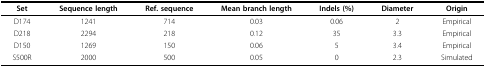
<table><thead><tr><td><b>Set</b></td><td><b>Sequence length</b></td><td><b>Ref. sequence</b></td><td><b>Mean branch length</b></td><td><b>Indels (%)</b></td><td><b>Diameter</b></td><td><b>Origin</b></td></tr></thead><tbody><tr><td>D174</td><td>1241</td><td>714</td><td>0.03</td><td>0.06</td><td>2</td><td>Empirical</td></tr><tr><td>D218</td><td>2294</td><td>218</td><td>0.12</td><td>35</td><td>3.3</td><td>Empirical</td></tr><tr><td>D150</td><td>1269</td><td>150</td><td>0.06</td><td>5</td><td>3.4</td><td>Empirical</td></tr><tr><td>S500R</td><td>2000</td><td>500</td><td>0.05</td><td>0</td><td>2.3</td><td>Simulated</td></tr></tbody></table>